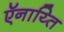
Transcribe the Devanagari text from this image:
ऍनाय्ति